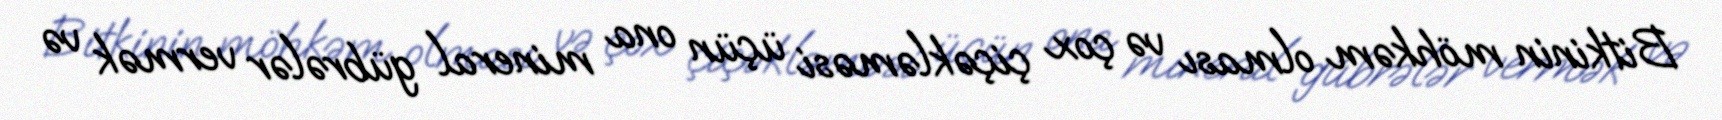
Bitkinin möhkəm olması və çox çiçəkləməsi üçün ona mineral gübrələr vermək və